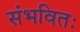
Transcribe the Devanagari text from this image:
संभवितः